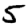
Digit: 5